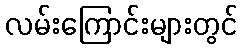
လမ်းကြောင်းများတွင်